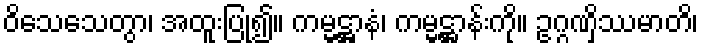
ဝိသေသေတွာ၊ အထူးပြု၍။ ကမ္မဋ္ဌာနံ၊ ကမ္မဋ္ဌာန်းကို။ ဥဂ္ဂဏှိဿမာတိ၊